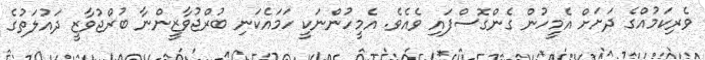
ވެރިކަމުއްގެ ދަށަށް އެމީހުން ގެންގޮސްފައި ވެއެވެ. އެމީހުންނަކީ ހަމައެކަނި ބުރްޖުވާޒީންނާ ބުރްޖުވާޒީ ދައުލަތުގެ